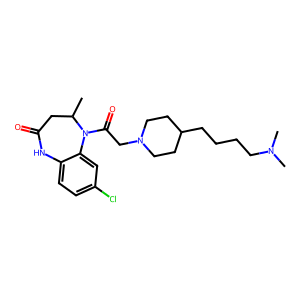
SMILES: CC1CC(=O)Nc2ccc(Cl)cc2N1C(=O)CN1CCC(CCCCN(C)C)CC1
Inhibits HIV replication: No